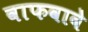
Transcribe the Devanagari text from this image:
वाफवावे